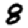
Digit: 8